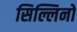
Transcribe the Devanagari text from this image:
सिल्लिनो